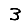
Digit: 3